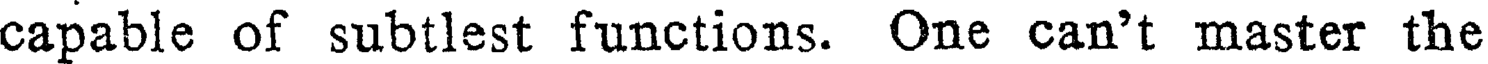
capable of subtlest functions. One can't master the